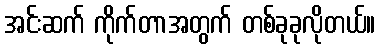
အင်းဆက် ကိုက်တာအတွက် တစ်ခုခုလိုတယ်။